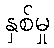
နှစ်မှု